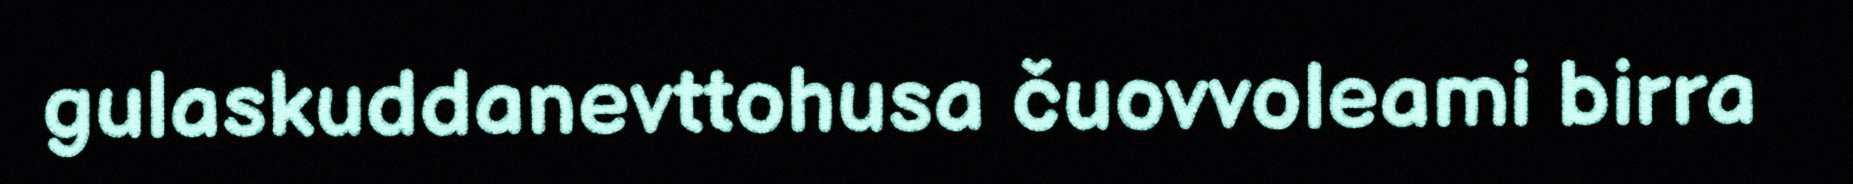
gulaskuddanevttohusa čuovvoleami birra